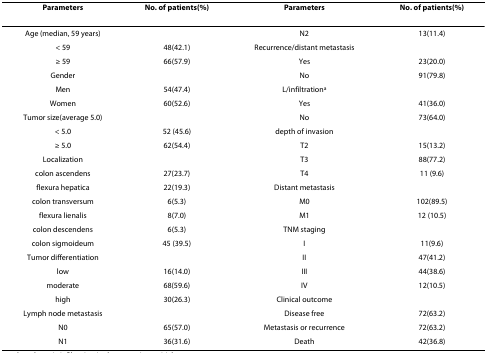
<table><thead><tr><td><b>Parameters</b></td><td><b>No. of patients(%)</b></td><td><b>Parameters</b></td><td><b>No. of patients(%)</b></td></tr></thead><tbody><tr><td>Age (median, 59 years)</td><td></td><td>N2</td><td>13(11.4)</td></tr><tr><td>&lt; 59</td><td>48(42.1)</td><td>Recurrence/distant metastasis</td><td></td></tr><tr><td>≥ 59</td><td>66(57.9)</td><td>Yes</td><td>23(20.0)</td></tr><tr><td>Gender</td><td></td><td>No</td><td>91(79.8)</td></tr><tr><td>Men</td><td>54(47.4)</td><td>L/infiltration<sup>a</sup></td><td></td></tr><tr><td>Women</td><td>60(52.6)</td><td>Yes</td><td>41(36.0)</td></tr><tr><td>Tumor size(average 5.0)</td><td></td><td>No</td><td>73(64.0)</td></tr><tr><td>&lt; 5.0</td><td>52 (45.6)</td><td>depth of invasion</td><td></td></tr><tr><td>≥ 5.0</td><td>62(54.4)</td><td>T2</td><td>15(13.2)</td></tr><tr><td>Localization</td><td></td><td>T3</td><td>88(77.2)</td></tr><tr><td>colon ascendens</td><td>27(23.7)</td><td>T4</td><td>11 (9.6)</td></tr><tr><td>flexura hepatica</td><td>22(19.3)</td><td>Distant metastasis</td><td></td></tr><tr><td>colon transversum</td><td>6(5.3)</td><td>M0</td><td>102(89.5)</td></tr><tr><td>flexura lienalis</td><td>8(7.0)</td><td>M1</td><td>12 (10.5)</td></tr><tr><td>colon descendens</td><td>6(5.3)</td><td>TNM staging</td><td></td></tr><tr><td>colon sigmoideum</td><td>45 (39.5)</td><td>I</td><td>11(9.6)</td></tr><tr><td>Tumor differentiation</td><td></td><td>II</td><td>47(41.2)</td></tr><tr><td>low</td><td>16(14.0)</td><td>III</td><td>44(38.6)</td></tr><tr><td>moderate</td><td>68(59.6)</td><td>IV</td><td>12(10.5)</td></tr><tr><td>high</td><td>30(26.3)</td><td>Clinical outcome</td><td></td></tr><tr><td>Lymph node metastasis</td><td></td><td>Disease free</td><td>72(63.2)</td></tr><tr><td>N0</td><td>65(57.0)</td><td>Metastasis or recurrence</td><td>72(63.2)</td></tr><tr><td>N1</td><td>36(31.6)</td><td>Death</td><td>42(36.8)</td></tr></tbody></table>